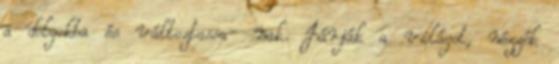
a dolgokba és változtassa- nak. Járják a világot, nézzék